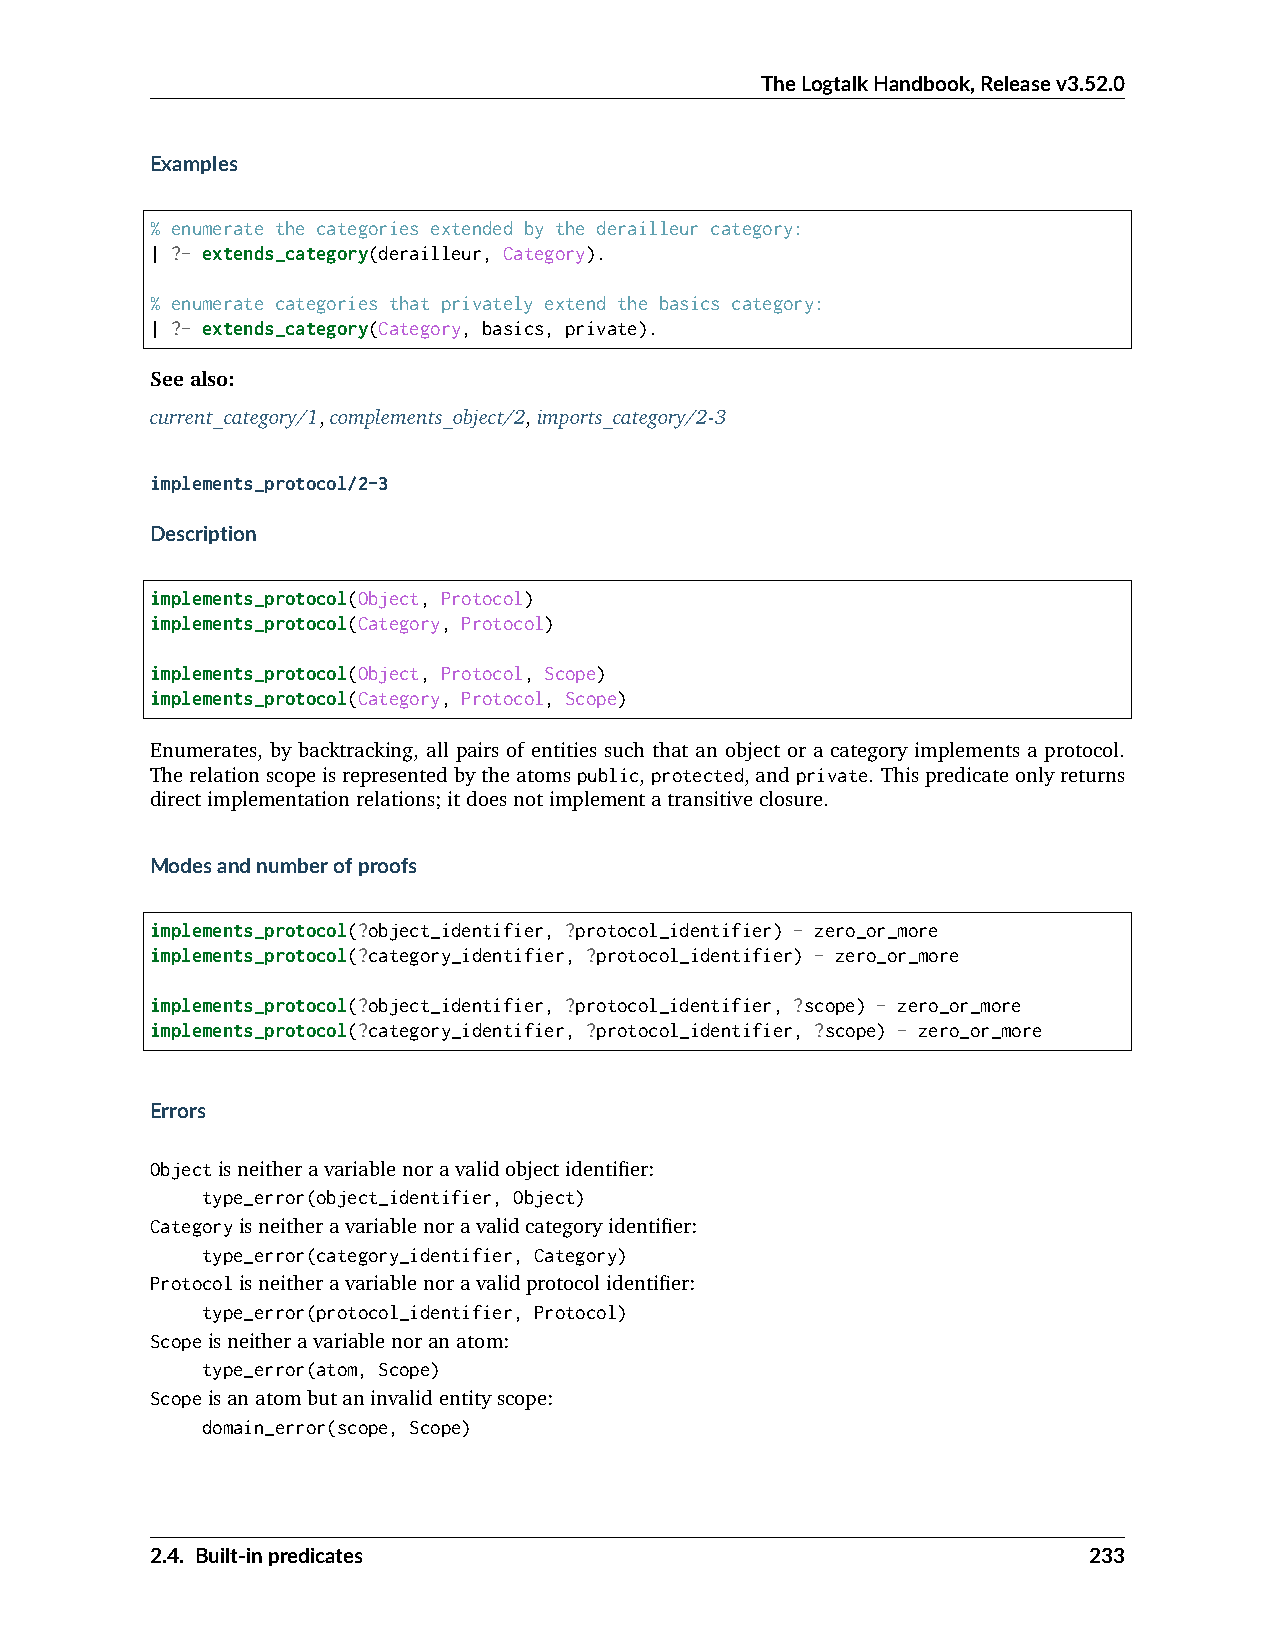
TheLogtalkHandbook,Releasev3.52.0
 Examples
 % enumerate the categories extended by the derailleur category:
 | ?- extends_category(derailleur, Category).
 % enumerate categories that privately extend the basics category:
 | ?- extends_category(Category, basics, private).
 Seealso:
 current_category/1,complements_object/2,imports_category/2-3
 implements_protocol/2-3
 Description
 implements_protocol(Object, Protocol)
 implements_protocol(Category, Protocol)
 implements_protocol(Object, Protocol, Scope)
 implements_protocol(Category, Protocol, Scope)
 Enumerates, by backtracking, all pairs of entities such that an object or a category implements a protocol.
 Therelationscopeisrepresentedbytheatomspublic,protected,andprivate. Thispredicateonlyreturns
 directimplementationrelations;itdoesnotimplementatransitiveclosure.
 Modesandnumberofproofs
 implements_protocol(?object_identifier, ?protocol_identifier) - zero_or_more
 implements_protocol(?category_identifier, ?protocol_identifier) - zero_or_more
 implements_protocol(?object_identifier, ?protocol_identifier, ?scope) - zero_or_more
 implements_protocol(?category_identifier, ?protocol_identifier, ?scope) - zero_or_more
 Errors
 Objectisneitheravariablenoravalidobjectidentifier:
 type_error(object_identifier, Object)
 Categoryisneitheravariablenoravalidcategoryidentifier:
 type_error(category_identifier, Category)
 Protocolisneitheravariablenoravalidprotocolidentifier:
 type_error(protocol_identifier, Protocol)
 Scopeisneitheravariablenoranatom:
 type_error(atom, Scope)
 Scopeisanatombutaninvalidentityscope:
 domain_error(scope, Scope)
 2.4. Built-inpredicates                                       233